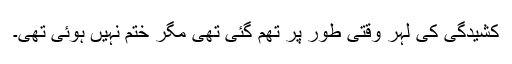
کشیدگی کی لہر وقتی طور پر تھم گئی تھی مگر ختم نہیں ہوئی تھی۔